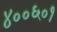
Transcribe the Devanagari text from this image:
४००६०१